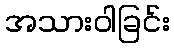
အသားဝါခြင်း